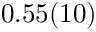
0 . 5 5 ( 1 0 )